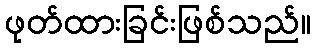
ဖုတ်ထားခြင်းဖြစ်သည်။